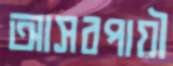
আসবপায়ী